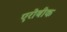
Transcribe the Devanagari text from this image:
एरोबीक